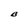
Character: B